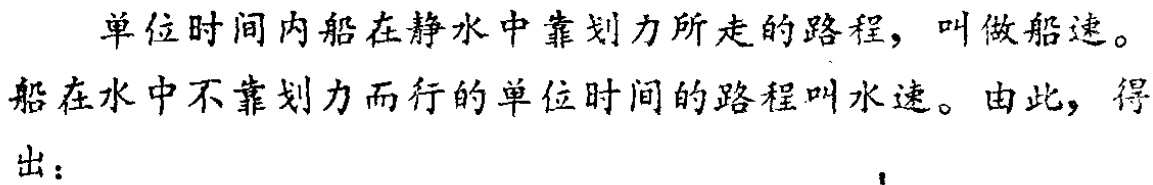
单位时间内船在静水中靠划力所走的路程，叫做船速。

船在水中不靠划力而行的单位时间的路程叫水速。由此，得出：